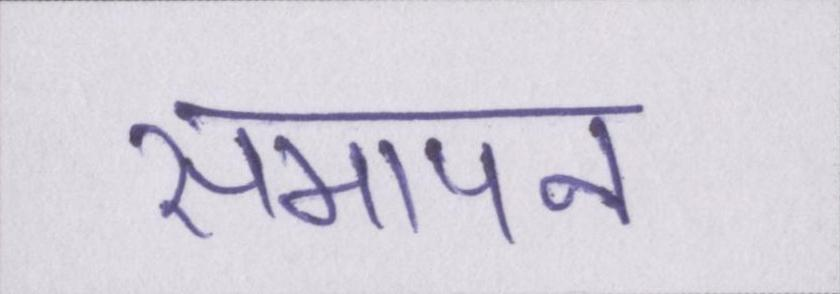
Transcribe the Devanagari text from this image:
समापन